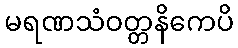
မရဏသံဝတ္တနိကေပိ